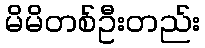
မိမိတစ်ဦးတည်း